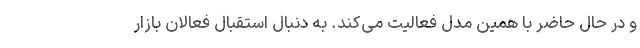
و در حال حاضر با همین مدل فعالیت می‌کند. به دنبال استقبال فعالان بازار